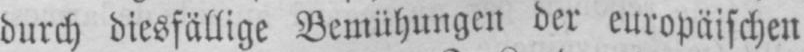
durch diesfällige Bemühungen der europäischen